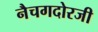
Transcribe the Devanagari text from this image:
नैचगदोरजी